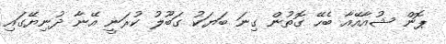
ޕޮން ޝުއާއޭއާ ބެހޭ ގޮތުން ގިނަ ބަޔަކު ގަބޫލު ކުރަނީ އޭނާ ދުނިޔޭގައި